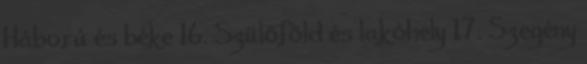
Háború és béke 16. Szülőföld és lakóhely 17. Szegény